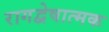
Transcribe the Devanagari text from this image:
रागद्वेषात्मक